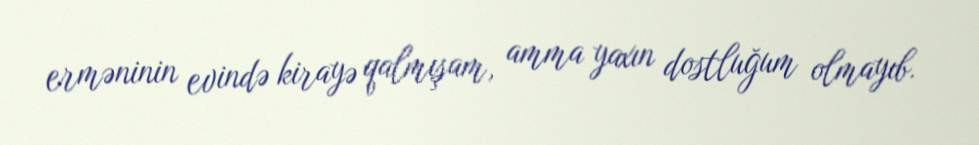
erməninin evində kirayə qalmışam, amma yaxın dostluğum olmayıb.